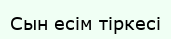
Сын есім тіркесі